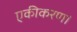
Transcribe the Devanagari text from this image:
एकीकरण।